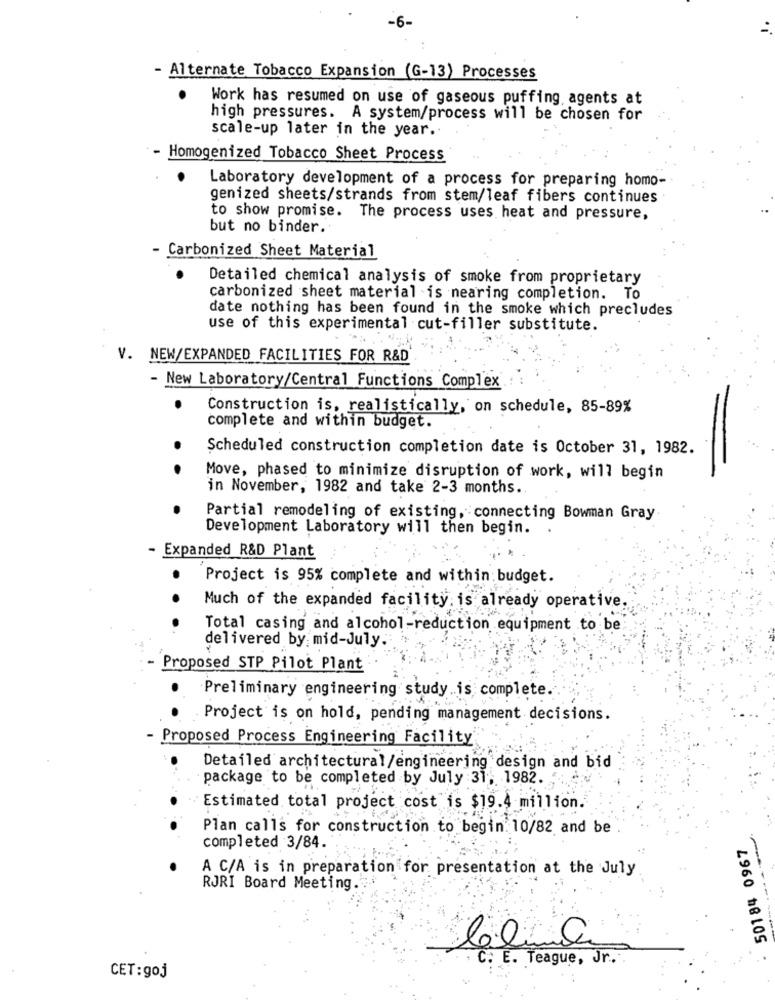
-6-
- Alternate Tobacco Expansion (G-13) Processes
Work has resumed on use of gaseous puffing agents at
high pressures. A system/process will be chosen for
scale-up later in the year.
Homogenized Tobacco Sheet Process
Laboratory development of a process for preparing homo-
genized sheets/strands from stem/leaf fibers continues
to show promise. The process uses heat and pressure,
but no binder ..
- Carbonized Sheet Material
Detailed chemical analysis of smoke from proprietary
carbonized sheet material is nearing completion. To
date nothing has been found in the smoke which precludes
use of this experimental cut-filler substitute.
V. NEW/EXPANDED FACILITIES FOR R&D
- New Laboratory/Central Functions Complex
Construction is, realistically, on schedule, 85-89%
complete and within budget.
Scheduled construction completion date is October 31, 1982.
Move, phased to minimize disruption of work, will begin
in November, 1982 and take 2-3 months ..
Partial remodeling of existing, connecting Bowman Gray
Development Laboratory will then begin.
Expanded R&D Plant
.
Project is 95% complete and within budget.
Much of the expanded facility. is already operative.
Total casing and alcohol-reduction equipment to be
delivered by mid-July.
Proposed STP Pilot Plant
Preliminary engineering study is complete.
Project is on hold, pending management decisions.
Proposed Process Engineering Facility
Detailed architectural/engineering design and bid
package to be completed by July 31, 1982.
Estimated total project cost is $19.4 million.
Plan calls for construction to begin. 10/82 and be
50184 0967
completed 3/84.
A C/A is in preparation for presentation at the July
RJRI Board Meeting.
C . E . Teague , Jr.
CET:goj